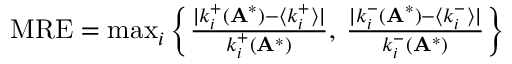
\begin{array} { r } { \mathrm { M R E } = \operatorname* { m a x } _ { i } \left\{ \frac { | k _ { i } ^ { + } ( \mathbf A ^ { * } ) - \langle k _ { i } ^ { + } \rangle | } { k _ { i } ^ { + } ( \mathbf A ^ { * } ) } , \: \frac { | k _ { i } ^ { - } ( \mathbf A ^ { * } ) - \langle k _ { i } ^ { - } \rangle | } { k _ { i } ^ { - } ( \mathbf A ^ { * } ) } \right\} } \end{array}